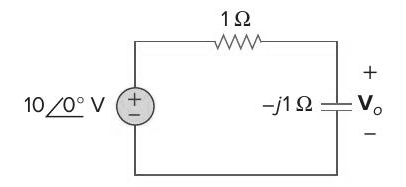
Components in this circuit:
resistor
voltage source
capacitor